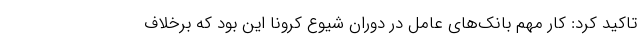
تاکید کرد: کار مهم بانک‌های عامل در دوران شیوع کرونا این بود که برخلاف